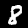
Digit: 8